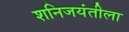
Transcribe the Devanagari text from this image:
शनिजयंतीला